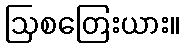
ဩစတြေးယား။